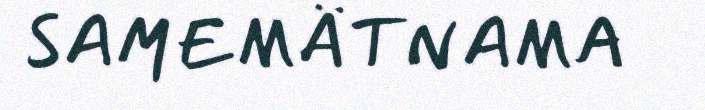
SAMEMÄTNAMA